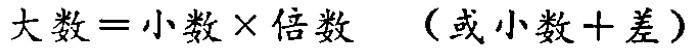
大数=小数×倍数 （或小数+差）